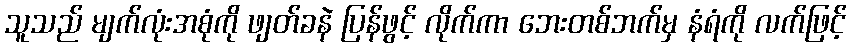
သူသည် မျက်လုံးအစုံကို ဖျတ်ခနဲ ပြန်ဖွင့် လိုက်ကာ ဘေးတစ်ဘက်မှ နံရံကို လက်ဖြင့်